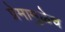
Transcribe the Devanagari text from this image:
प्रेमामुळेच